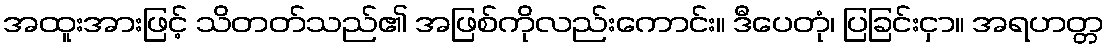
အထူးအားဖြင့် သိတတ်သည်၏ အဖြစ်ကိုလည်းကောင်း။ ဒီပေတုံ၊ ပြခြင်းငှာ။ အရဟတ္တ